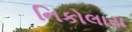
નિકોલાય